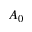
A _ { 0 }